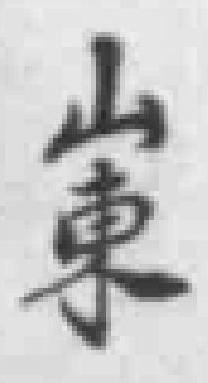
山東